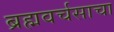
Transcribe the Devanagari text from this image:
ब्रह्मवर्चसाचा